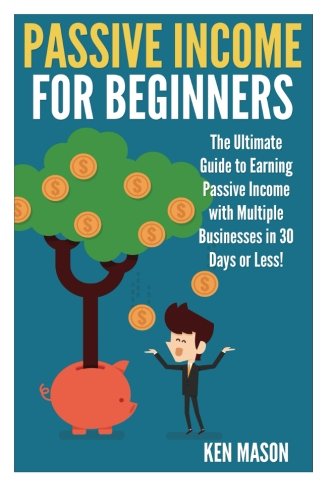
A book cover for Passive Income for Beginners: The Ultimate Guide to Earning Passive Income and Making Money Online in 30 Days or Less! (Passive Income for Beginners - ... FBA - Ebay - Stock Trading - Work From Home); Ken Mason; Computers & Technology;